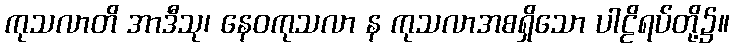
ကုသလာတိ အာဒီသု၊ နေဝကုသလာ န ကုသလာအစရှိသော ပါဠိရပ်တို့၌။